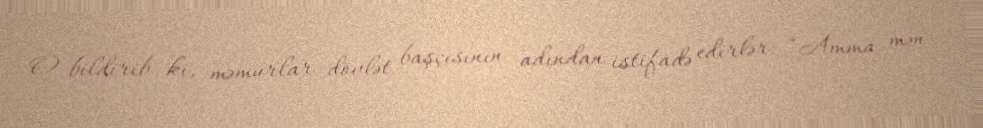
O bildirib ki, məmurlar dövlət başçısının adından istifadə edirlər: “Amma mən